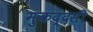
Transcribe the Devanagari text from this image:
मुकद्दसी